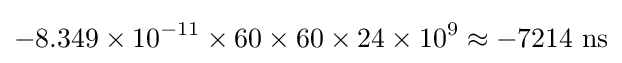
-8.349\times 10^{-11}\times 60\times 60\times 24\times 10^{9}\approx -7214{\text{ ns}}